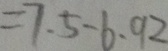
= 7 . 5 - 6 . 9 2